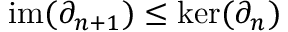
\mathrm { i m } ( \partial _ { n + 1 } ) \leq \ker ( \partial _ { n } )